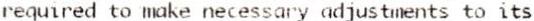
REQUIRED TO MAKE NECESSARY ADJUSTMENTS TO ITS